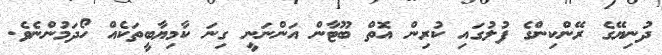
ދުނިޔޭގެ ރޭންކިންގެ ފުލުގައި ކުރިން އޮތް ބޫޓާން އަންނަނީ ގިނަ ކާމިޔާބީތަކެއް ހޯދަމުންނެވެ.